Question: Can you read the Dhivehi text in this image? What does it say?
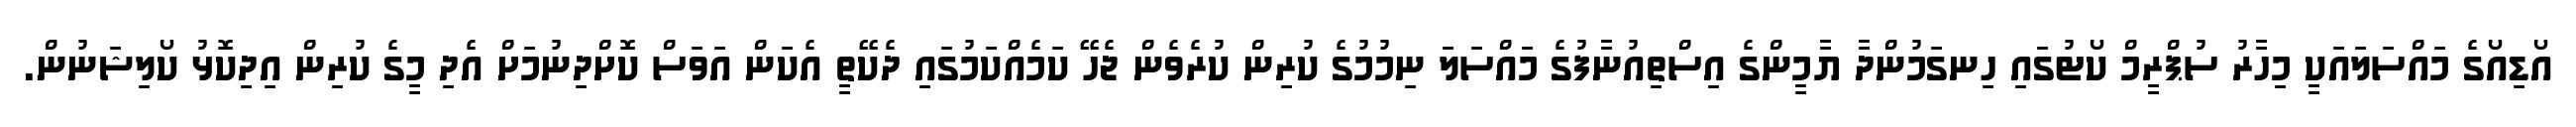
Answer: އޯޑިއޯގެ މައްސަލައަކީ މިހާރު ސުޕްރީމް ކޯޓުގައި ހިނގަމުންދާ ޔާމީންގެ އިސްތިއުނާފުގެ މައްސަލަ ނިމުމުގެ ކުރިން ކުރެވެން ޖެހޭ ކަމެއްކަމުގައި ދެކޭތީ އެކަން އަވަސް ކޮށްދިނުމަށް އެދި މީގެ ކުރިން އިދިކޮޅު ކޯލިޝަނުން.